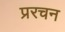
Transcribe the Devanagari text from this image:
प्ररचन